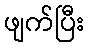
ဖျက်ပြီး